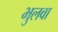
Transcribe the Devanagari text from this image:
भुलवा